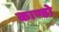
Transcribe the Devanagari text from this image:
काण्डो